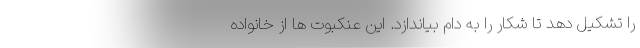
را تشکیل دهد تا شکار را به دام بیاندازد. این عنکبوت ها از خانواده